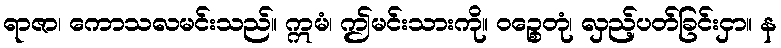
ရာဇာ၊ ကောသလမင်းသည်။ ဣမံ၊ ဤမင်းသားကို။ ဝဉ္စေတုံ၊ လှည့်ပတ်ခြင်းငှာ။ န